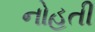
નોહતી